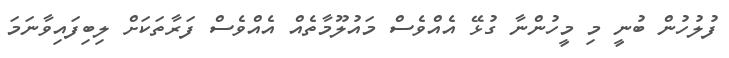
ފުލުހުން ބުނީ މި މީހުންނާ ގުޅޭ އެއްވެސް މައުލޫމާތެއް އެއްވެސް ފަރާތަކަށް ލިބިފައިވާނަމަ